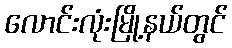
လောင်းလုံးမြို့နယ်တွင်